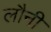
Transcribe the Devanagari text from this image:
लौनी